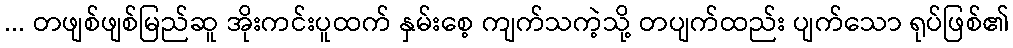
... တဖျစ်ဖျစ်မြည်ဆူ အိုးကင်းပူထက် နှမ်းစေ့ ကျက်သကဲ့သို့ တပျက်ထည်း ပျက်သော ရုပ်ဖြစ်၏